65_HS1-834228961_62-HQ-83894_Section_2
Agency: FBI
Page 62
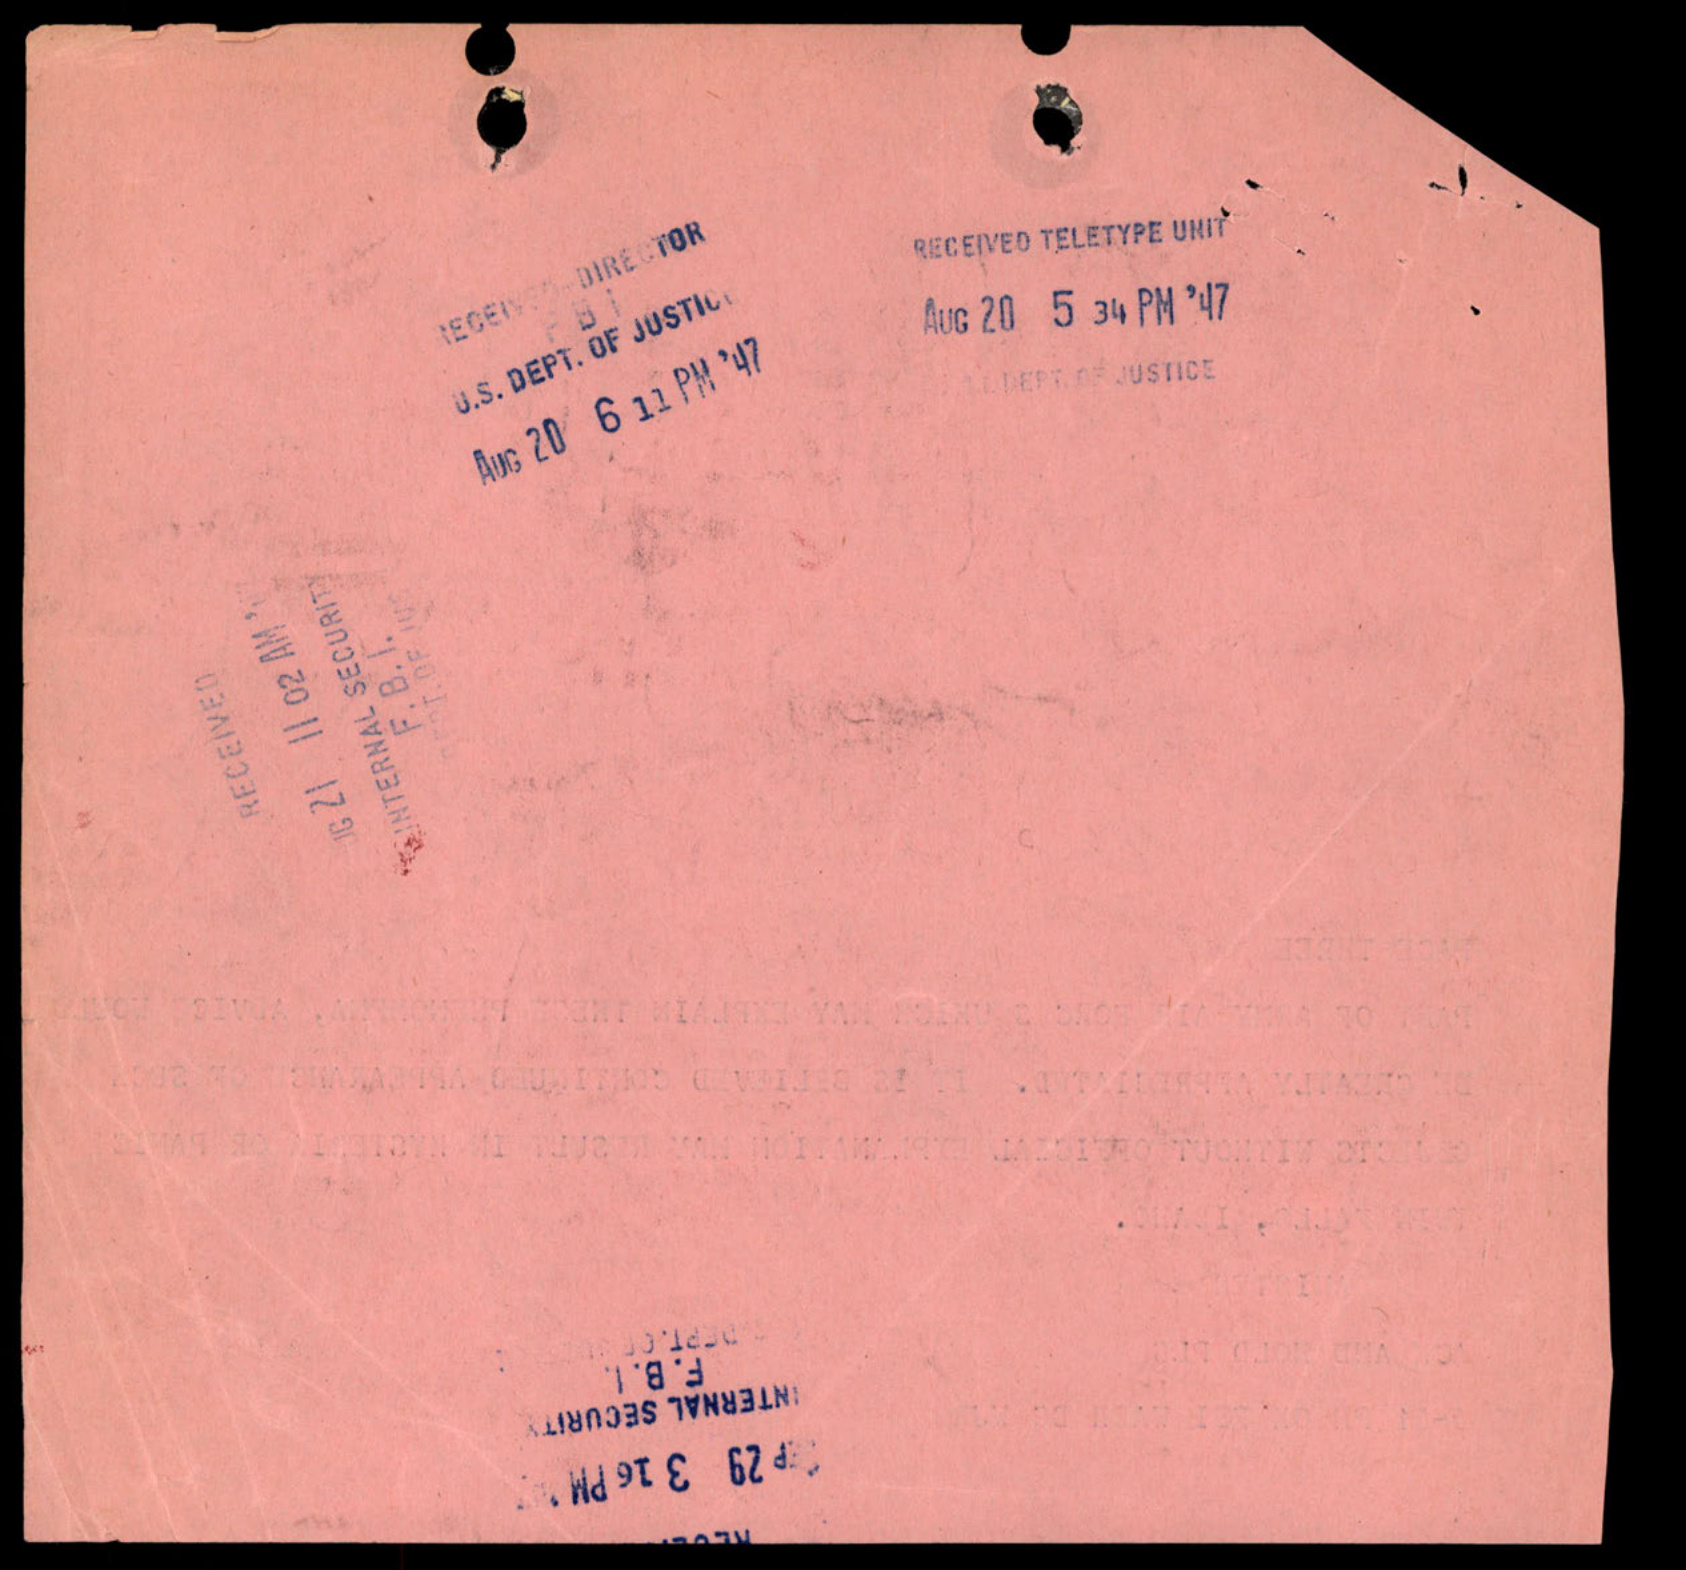